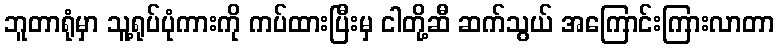
ဘူတာရုံမှာ သူ့ရုပ်ပုံကားကို ကပ်ထားပြီးမှ ငါတို့ဆီ ဆက်သွယ် အကြောင်းကြားလာတာ